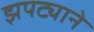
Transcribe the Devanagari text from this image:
झपट्याने